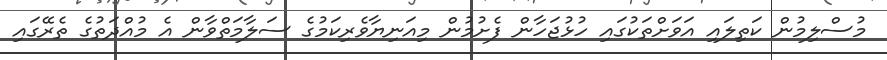
މުސްލިމުން ކަތިލައި އަވަށްތަކުގައި ހުޅުޖަހާން ފެށުމުން މިއަނިޔާވެރިކަމުގެ ސަލާމަތްވާން އެ މުއްދަތުގެ ތެރޭގައި